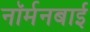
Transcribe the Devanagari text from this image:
नॉर्मनबाई